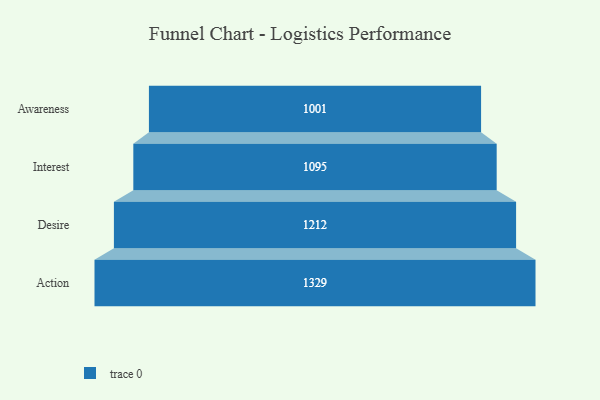
{"axis": {"x": "Stage", "y": "Value"}, "legend": [""], "data": [{"x": "Awareness", "y": 1001.0, "type": ""}, {"x": "Interest", "y": 1095.0, "type": ""}, {"x": "Desire", "y": 1212.0, "type": ""}, {"x": "Action", "y": 1329.0, "type": ""}]}